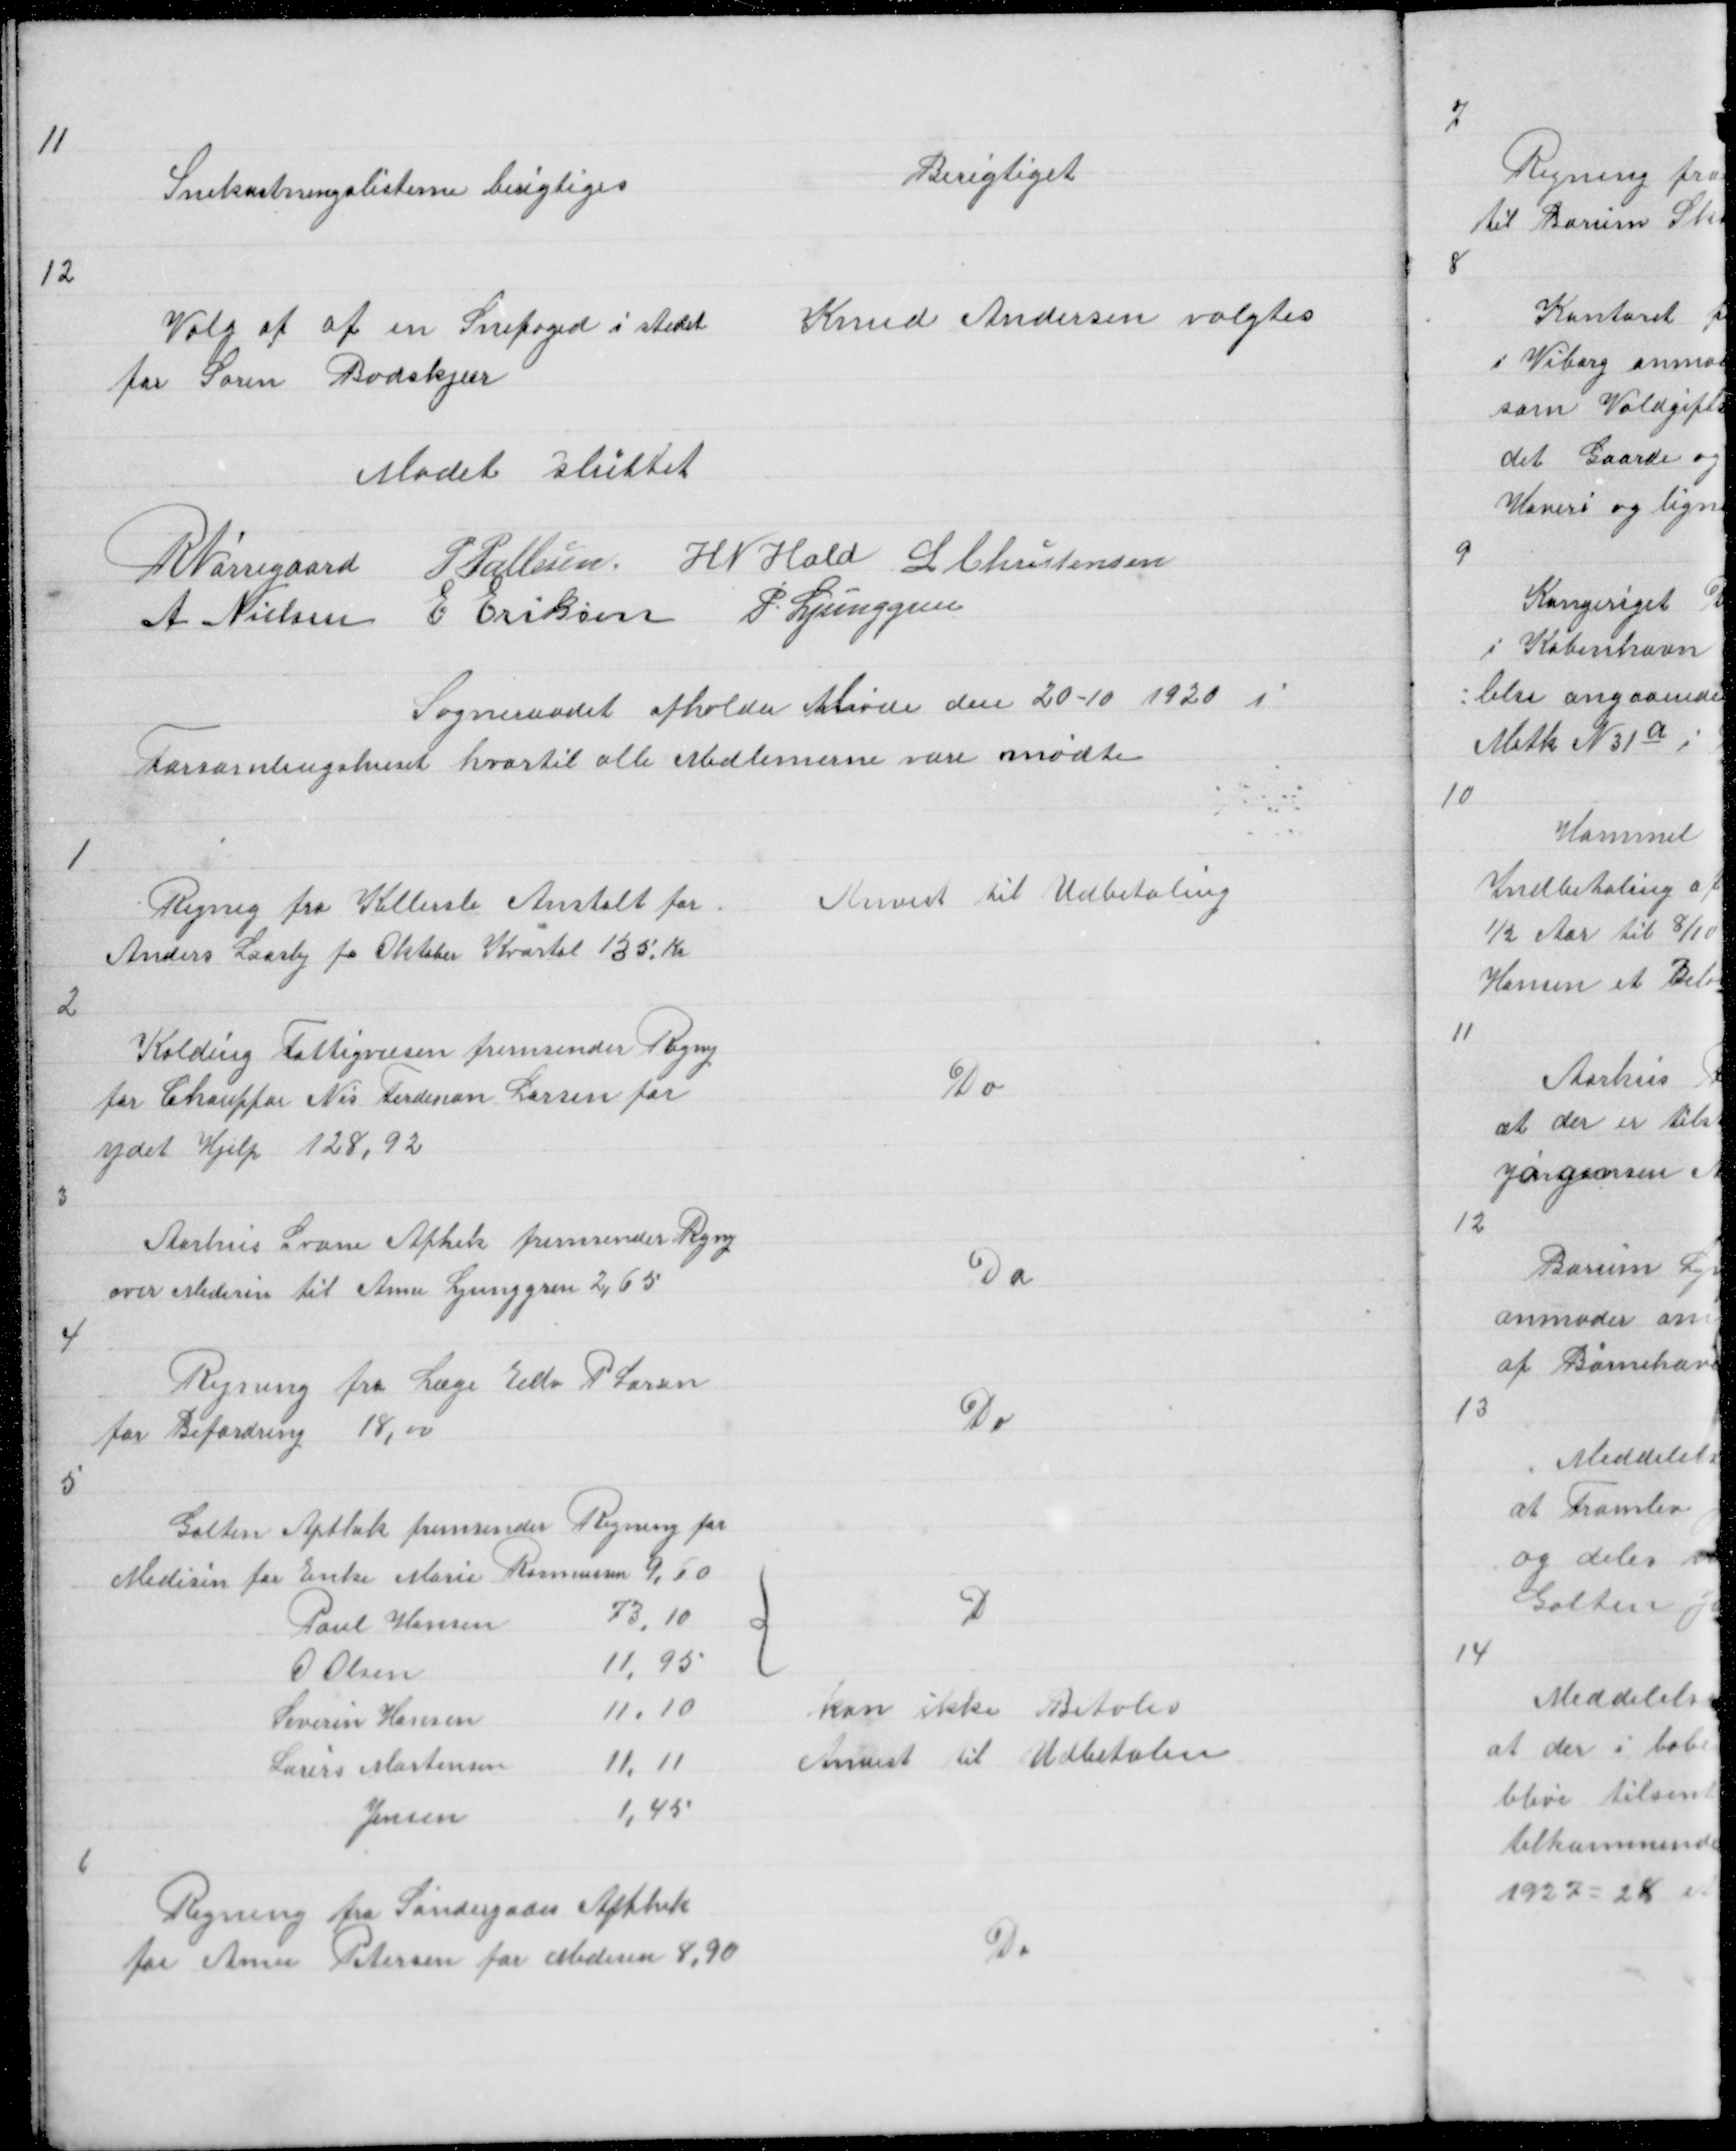
Transskription:
11

Snekastningslisterne beritiges

Berigtiget

12

Valg af en Snefoged i stedet
for Søren Badskjær

Knud Andersen valgtes

Mødet sluttet
R Nørregaard P Pallesen H N Hald L Christensen
A Nielsen E Eriksen P. Ljunggren

Sogneraadet afholder Møde den 20 - 10 1920 i
Forsamlingshuset hvortil alle Medlemerne vare mødte

1

Regnig fra Kellerske Anstalt for
Anders Laasby fr Oktober Kvartal 135 Kr

Anvist til Udbetaling

2

Kolding Fattigvæsen fremsender Regnig
for Chauffør Nis Ferdinan Larsen for
ydet Hjelp 128,92

Do

3

Aarhus Svane Apthek fremsender Regnig
over Medesin til Anne Ljunggren 2,65

Do

4

Regning fra Læge Edv P Larsen
for Befordring 18,00

Do

5

{

D

kan ikke betales
Anvist til Udbetaling

6

Regning fra Søndergades Apthek
for Anne Petersen for Medisin 8,90

Do